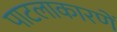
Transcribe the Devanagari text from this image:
पाटलाकारणें